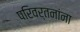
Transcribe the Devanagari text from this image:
परिवर्तनांना